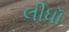
લીધૉ